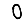
Digit: 0